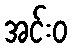
အင်းဝ